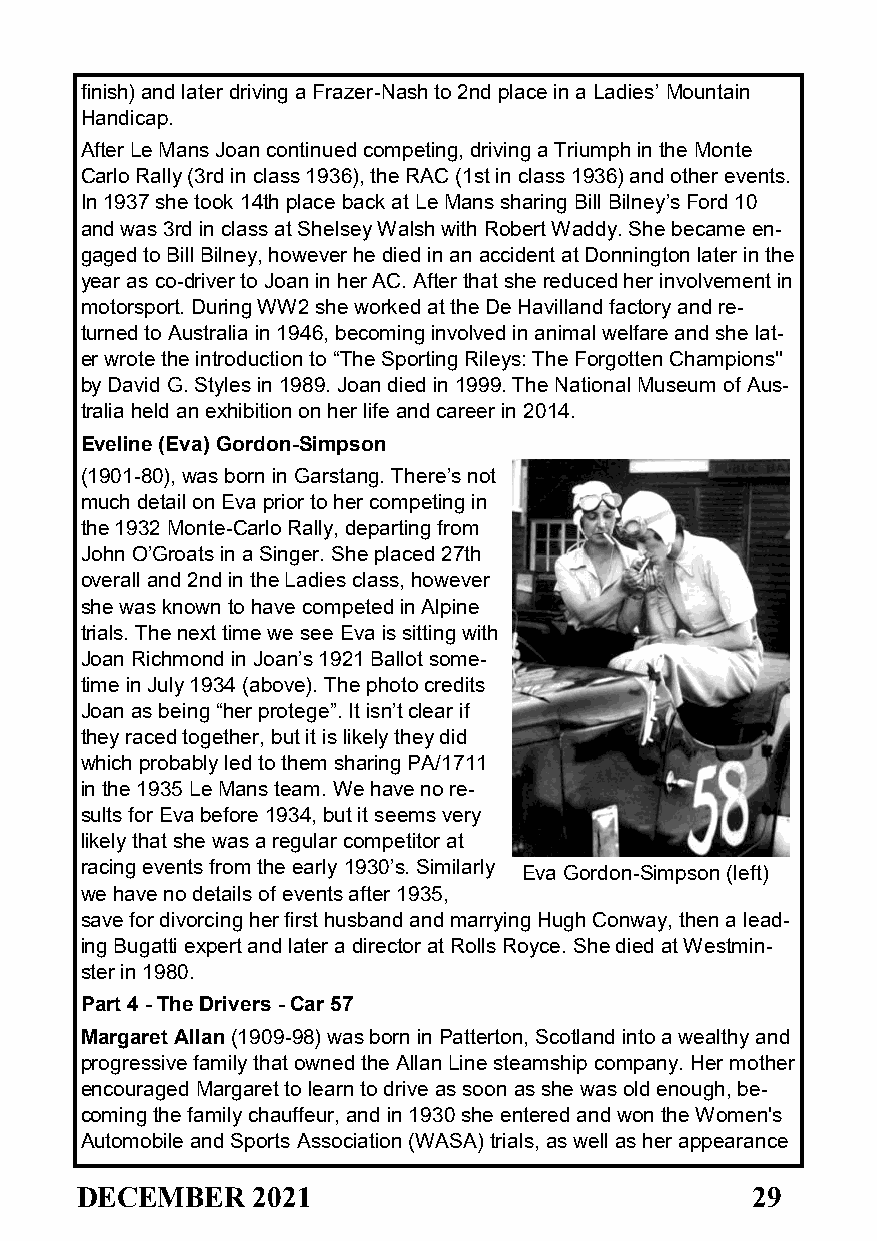
finish) and later driving a Frazer-Nash to 2nd place in a Ladies’ Mountain
 Handicap.
 After Le Mans Joan continued competing, driving a Triumph in the Monte
 Carlo Rally (3rd in class 1936), the RAC (1st in class 1936) and other events.
 In 1937 she took 14th place back at Le Mans sharing Bill Bilney’s Ford 10
 and was 3rd in class at Shelsey Walsh with Robert Waddy. She became en-
 gaged to Bill Bilney, however he died in an accident at Donnington later in the
 year as co-driver to Joan in her AC. After that she reduced her involvement in
 motorsport. During WW2 she worked at the De Havilland factory and re-
 turned to Australia in 1946, becoming involved in animal welfare and she lat-
 er wrote the introduction to “The Sporting Rileys: The Forgotten Champions''
 by David G. Styles in 1989. Joan died in 1999. The National Museum of Aus-
 tralia held an exhibition on her life and career in 2014.
 Eveline (Eva) Gordon-Simpson
 (1901-80), was born in Garstang. There’s not
 much detail on Eva prior to her competing in
 the 1932 Monte-Carlo Rally, departing from
 John O’Groats in a Singer. She placed 27th
 overall and 2nd in the Ladies class, however
 she was known to have competed in Alpine
 trials. The next time we see Eva is sitting with
 Joan Richmond in Joan’s 1921 Ballot some-
 time in July 1934 (above). The photo credits
 Joan as being “her protege”. It isn’t clear if
 they raced together, but it is likely they did
 which probably led to them sharing PA/1711
 in the 1935 Le Mans team. We have no re-
 sults for Eva before 1934, but it seems very
 likely that she was a regular competitor at
 racing events from the early 1930’s. Similarly Eva Gordon-Simpson (left)
 we have no details of events after 1935,
 save for divorcing her first husband and marrying Hugh Conway, then a lead-
 ing Bugatti expert and later a director at Rolls Royce. She died at Westmin-
 ster in 1980.
 Part 4 - The Drivers - Car 57
 Margaret Allan (1909-98) was born in Patterton, Scotland into a wealthy and
 progressive family that owned the Allan Line steamship company. Her mother
 encouraged Margaret to learn to drive as soon as she was old enough, be-
 coming the family chauffeur, and in 1930 she entered and won the Women's
 Automobile and Sports Association (WASA) trials, as well as her appearance
 DECEMBER    2021                             29